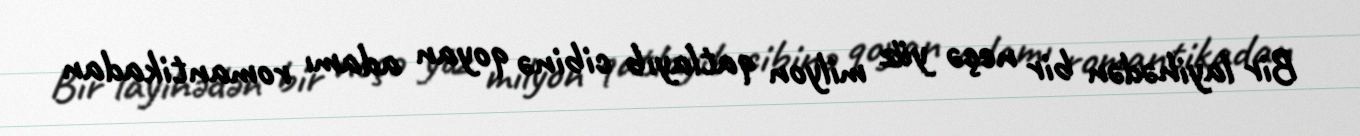
Bir layihədən bir neçə yüz milyon qatlayıb cibinə qoyan adamı romantikadan